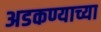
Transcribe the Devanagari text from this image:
अडकण्याच्या